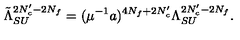
\tilde { \Lambda } _ { S U } ^ { 2 N _ { c } ^ { \prime } - 2 N _ { f } } = ( \mu ^ { - 1 } a ) ^ { 4 N _ { f } + 2 N _ { c } ^ { \prime } } \Lambda _ { S U } ^ { 2 N _ { c } ^ { \prime } - 2 N _ { f } } .